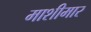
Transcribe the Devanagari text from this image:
माशीमार